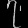
Digit: ၇